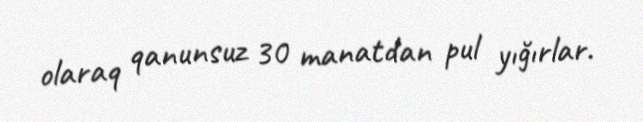
olaraq qanunsuz 30 manatdan pul yığırlar.